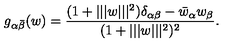
g _ { \alpha \bar { \beta } } ( w ) = { \frac { ( 1 + | | | w | | | ^ { 2 } ) \delta _ { \alpha \beta } - \bar { w } _ { \alpha } w _ { \beta } } { ( 1 + | | | w | | | ^ { 2 } ) ^ { 2 } } } .